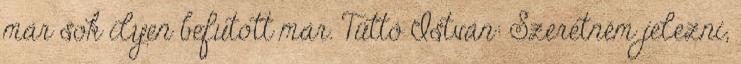
már sok ilyen befutott már. Tüttő István: Szeretném jelezni,